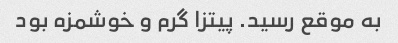
به موقع رسید. پیتزا گرم و خوشمزه بود